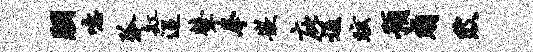
胭噫弧缸迢鼙拳嵌庇通眩预贱陂